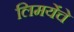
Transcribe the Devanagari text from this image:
लिमयेंंचे